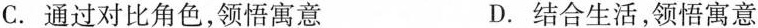
C.通过对比角色，领悟寓意 D.结合生活，领悟寓意